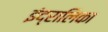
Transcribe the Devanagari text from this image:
इंद्रालिका